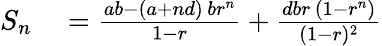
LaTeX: \begin{array}{rl}{S_{n}}&{{}={\frac{ab-(a+nd)\, br^{n}}{1-r}}+{\frac{dbr\, (1-r^{n})}{(1-r)^{2}}}}\end{array}